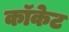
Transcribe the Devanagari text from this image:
कॉकेट